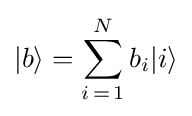
|b\rangle =\sum _{i\mathop {=} 1}^{N}b_{i}|i\rangle